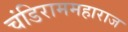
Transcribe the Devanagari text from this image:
चंडिराममहाराज